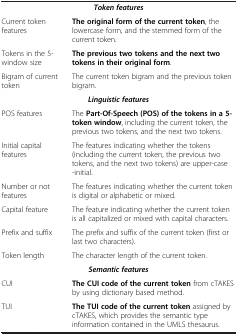
<table><thead><tr><td><b> </b></td><td><b> </b></td></tr></thead><tbody><tr><td colspan="2"><b><i>Token features</i></b></td></tr><tr><td>Current token features</td><td><b>The original form of the current token</b>, the lowercase form, and the stemmed form of the current token.</td></tr><tr><td>Tokens in the 5-window size</td><td><b>The previous two tokens and the next two tokens in their original form</b>.</td></tr><tr><td>Bigram of current token</td><td>The current token bigram and the previous token bigram.</td></tr><tr><td colspan="2"><b><i>Linguistic features</i></b></td></tr><tr><td>POS features</td><td>The <b>Part-Of-Speech (POS) of the tokens in a 5-token window</b>, including the current token, the previous two tokens, and the next two tokens.</td></tr><tr><td>Initial capital features</td><td>The features indicating whether the tokens (including the current token, the previous two tokens, and the next two tokens) are upper-case-initial.</td></tr><tr><td>Number or not features</td><td>The features indicating whether the current token is digital or alphabetic or mixed.</td></tr><tr><td>Capital feature</td><td>The feature indicating whether the current token is all capitalized or mixed with capital characters.</td></tr><tr><td>Prefix and suffix</td><td>The prefix and suffix of the current token (first or last two characters).</td></tr><tr><td>Token length</td><td>The character length of the current token.</td></tr><tr><td colspan="2"><b><i>Semantic features</i></b></td></tr><tr><td>CUI</td><td><b>The CUI code of the current token</b> from cTAKES by using dictionary based method.</td></tr><tr><td>TUI</td><td><b>The TUI code of the current token</b> assigned by cTAKES, which provides the semantic type information contained in the UMLS thesaurus.</td></tr></tbody></table>